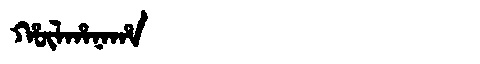
Manchu: ᡥᡡᠯᡥᠠᠨᠠᡥᠠ
Romanization: HŪLHANAHA